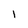
Character: l